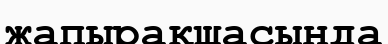
жапырақшасында